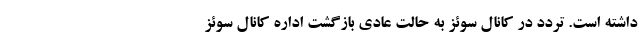
داشته است. تردد در کانال سوئز به حالت عادی بازگشت اداره کانال سوئز